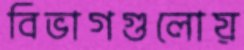
বিভাগগুলোয়